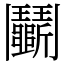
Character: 鬭